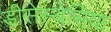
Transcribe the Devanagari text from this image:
डीसेस्थेसिया